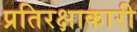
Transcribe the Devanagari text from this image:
प्रतिरक्षाकारी